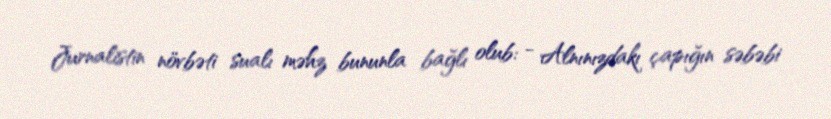
Jurnalistin növbəti sualı məhz bununla bağlı olub: - Alnınızdakı çapığın səbəbi